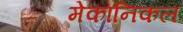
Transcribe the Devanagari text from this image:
मेकानिकल